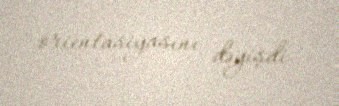
orientasiyasını dəyişdi.